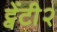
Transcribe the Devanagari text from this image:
ट्वेंटी२